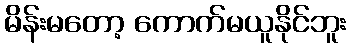
မိန်းမတော့ ကောက်မယူနိုင်ဘူး